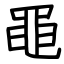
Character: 黽